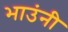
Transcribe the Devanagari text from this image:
भाउंनी